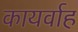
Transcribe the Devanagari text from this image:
कायर्वाह